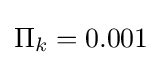
\Pi _{k}=0.001